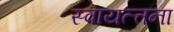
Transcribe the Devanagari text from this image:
स्वायत्त्तना